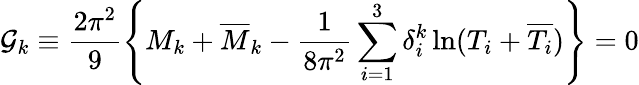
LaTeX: {\cal G}_{k}\equiv\frac{2\pi^{2}}{9}\left\{ M_{k}+{\overline{{M}}_{k}}-\frac{1}{8\pi^{2}}\sum_{i=1}^{3}\delta_{i}^{k}\ln(T_{i}+{\overline{{{T_{i}}}}})\right\} =0